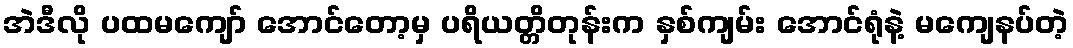
အဲဒီလို ပထမကျော် အောင်တော့မှ ပရိယတ္တိတုန်းက နှစ်ကျမ်း အောင်ရုံနဲ့ မကျေနပ်တဲ့